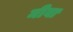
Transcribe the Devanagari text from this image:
मीवा